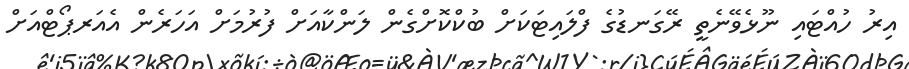
އިރު ހުއްޓައި ނޫޅެވޭނެތީ ރޭގަނޑުގެ ފްލައިޓަކަށް ބުކްކޮށްގެން ލަންކާއަށް ފުރުމަށް އަހަރެން އެއަރޕޯޓްއަށް